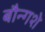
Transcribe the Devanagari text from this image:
बौन्गशे